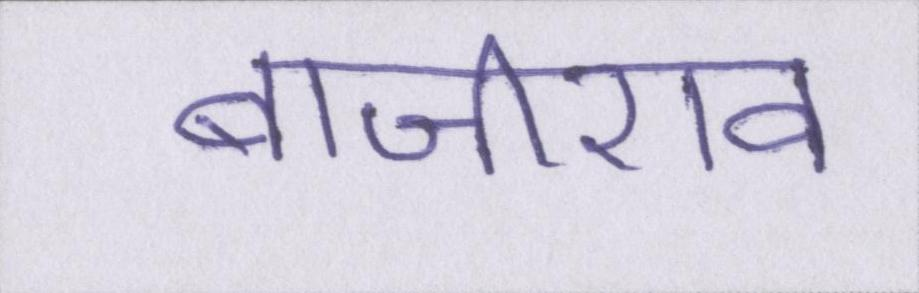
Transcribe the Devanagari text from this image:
बाजीराव